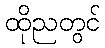
ထိုညတွင်